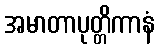
အမာတာပုတ္တိကာနံ